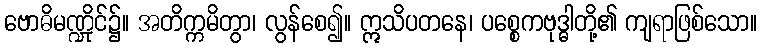
ဗောဓိမဏ္ဍိုင်၌။ အတိက္ကမိတွာ၊ လွန်စေ၍။ ဣသိပတနေ၊ ပစ္စေကဗုဒ္ဓါတို့၏ ကျရာဖြစ်သော။